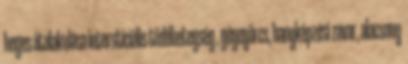
heges átalakulása intersticiális tüdőbetegség , gégegörcs, hangképzési zavar, alacsony